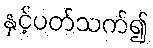
နှင့်ပတ်သက်၍